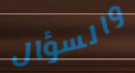
والسؤال